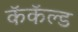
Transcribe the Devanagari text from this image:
कॅकॅल्ड